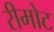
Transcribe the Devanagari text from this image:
रीमोट